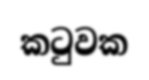
කටුවක